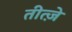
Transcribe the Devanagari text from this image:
तीत्ज़े